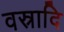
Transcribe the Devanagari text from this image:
वस्रादि